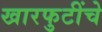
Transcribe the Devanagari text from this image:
खारफुटींचे